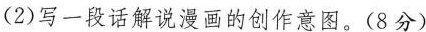
(2)写一段话解说漫画的创作意图。(8分)